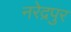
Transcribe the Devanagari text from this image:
नरेद्रपुर